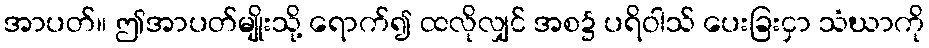
အာပတ်။ ဤအာပတ်မျိုးသို့ ရောက်၍ ထလိုလျှင် အစ၌ ပရိဝါသ် ပေးခြးငှာ သံဃာကို